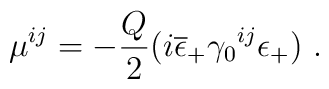
\mu^{ij}=-{Q\over2} (i\overline{\epsilon}_+\gamma_0{}^{ij}\epsilon_+)\ .